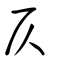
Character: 仄